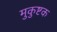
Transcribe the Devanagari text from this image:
मुकुष्टक